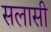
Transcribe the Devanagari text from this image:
सलासी